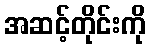
အဆင့်တိုင်းကို